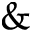
\&